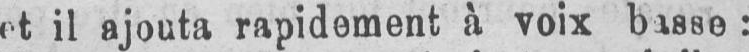
et il ajouta rapidement à voix basse: